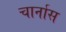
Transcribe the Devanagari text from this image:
चार्नास